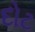
દોટ